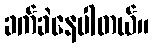
ခက်ခဲနေပါတယ်။